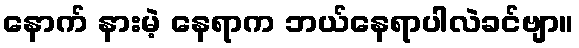
နောက် နားမဲ့ နေရာက ဘယ်နေရာပါလဲခင်ဗျာ။